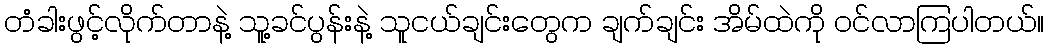
တံခါးဖွင့်လိုက်တာနဲ့ သူ့ခင်ပွန်းနဲ့ သူငယ်ချင်းတွေက ချက်ချင်း အိမ်ထဲကို ဝင်လာကြပါတယ်။